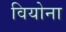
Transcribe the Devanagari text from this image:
वियोना